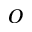
O